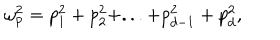
LaTeX: \omega _ { p } ^ { 2 } = p _ { 1 } ^ { 2 } + p _ { 2 } ^ { 2 } + . . . + p _ { d - 1 } ^ { 2 } + p _ { d } ^ { 2 } ,